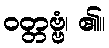
ဝတ္တဗ္ဗံ၊ ၏။